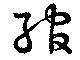
綰